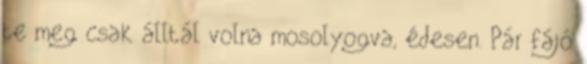
te meg csak álltál volna mosolyogva, édesen. Pár fájó